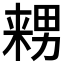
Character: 𱰺